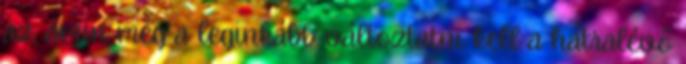
az, amin még a leginkább változtatni kell a hátralévő